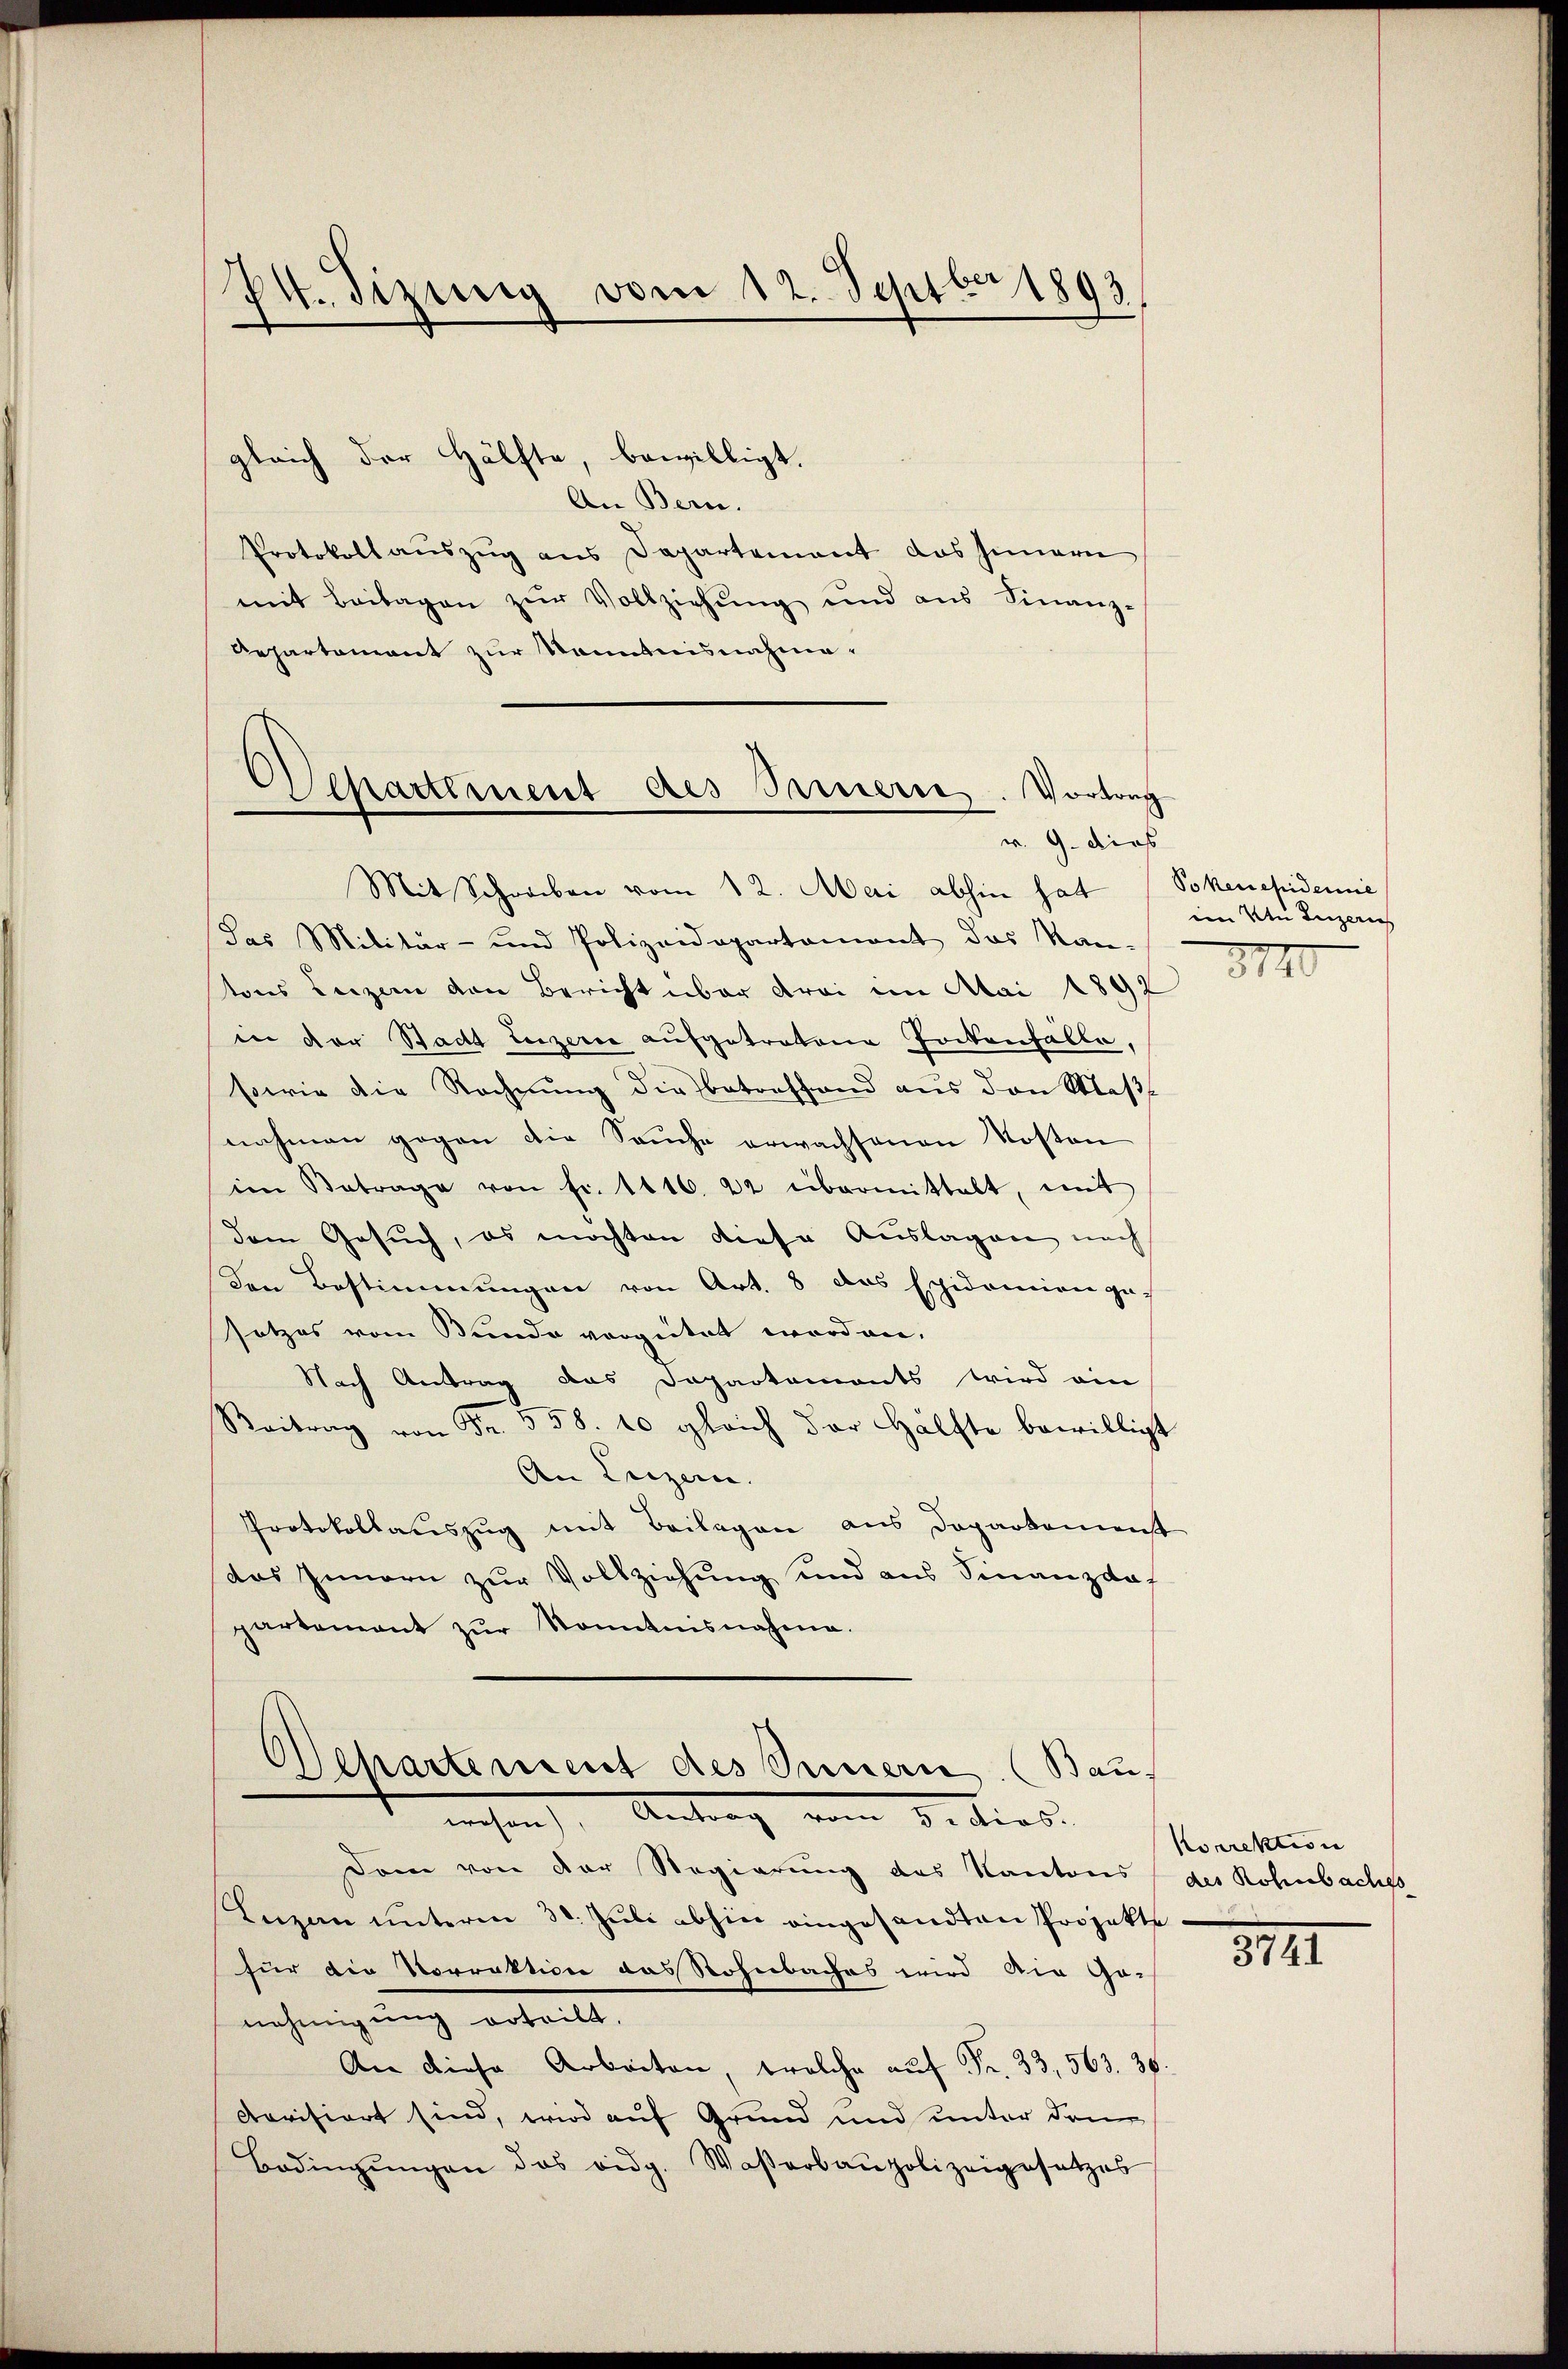
74. Sizung vom 12. Septber 1893.
.

Mit Schreiben vom 12. Mai abhin hat (Sokenepidemie
das Militär- und Polizeidepartamont das Kan-
tons Luzern von Bericht über drei im Mai 1892
in der Stadt Luzerne aufgetretene Tortenfalle,
sowie die Rechnŭng die Betreffend aus den Maβ
nahmen gegen die Sache erwachsenen Kosten
im Betrage von fr. 1416. 22 übermittelt, mit
dem Gesuch, es möchten diese Auslagen nach
den Bestimmungen von Art. 8 das Epidemien ge-
setzes vom Bunde vergütet worden.
Nach Antrag das Dapartements wird ein
Beitrag von Fr. 558. 10 gleich der Hälfte bewilligt
An Luzern.
Protokollauszug mit Beilagen aus Departement
das Innern zur Vollziehung und aus Finanzdof
partement zŭr Kenntnisnahme.

gleich der Hälfte, bewilligt.
An Bern.
Protokoll auszug aus Departement das Innern
mit Beilagen zŭr Vollziehŭng und ans Finanz-
Repartement zur Kenntnisnahme.
partiment des Innern. Vortrag

v. 9. dies

Separtement des Innern. (Bau
nehre, Antrag vom 8. dies

Dom von der Regierung des Kantons
Inzen unterm 30. Juli abhin eingesandten Projekte
für die Vorrektion das Rohnbaches wird die Ge-
nehmigung erteilt.
An diese Arbeiten, welche auf Fr. 33, 563. 30.
Acrisiert sind, wird auf Grund und unter dem
Bodingŭngen das eidg. Waßerbaupolizeigesetzes

iin An Luzerns
8710

Korrektion
des Rohnbaches

8191